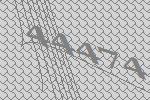
44474